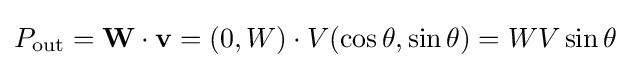
P_{\mathrm {out} }=\mathbf {W} \cdot \mathbf {v} =(0,W)\cdot V(\cos \theta ,\sin \theta )=WV\sin \theta